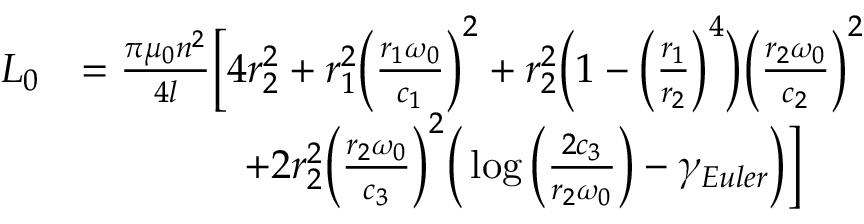
\begin{array} { r l } { L _ { 0 } } & { = \frac { \pi \mu _ { 0 } n ^ { 2 } } { 4 l } \Big [ 4 r _ { 2 } ^ { 2 } + r _ { 1 } ^ { 2 } \Big ( \frac { r _ { 1 } \omega _ { 0 } } { c _ { 1 } } \Big ) ^ { 2 } + r _ { 2 } ^ { 2 } \Big ( 1 - \Big ( \frac { r _ { 1 } } { r _ { 2 } } \Big ) ^ { 4 } \Big ) \Big ( \frac { r _ { 2 } \omega _ { 0 } } { c _ { 2 } } \Big ) ^ { 2 } } \\ & { \qquad \qquad + 2 r _ { 2 } ^ { 2 } \Big ( \frac { r _ { 2 } \omega _ { 0 } } { c _ { 3 } } \Big ) ^ { 2 } \Big ( \log \Big ( \frac { 2 c _ { 3 } } { r _ { 2 } \omega _ { 0 } } \Big ) - \gamma _ { E u l e r } \Big ) \Big ] } \end{array}